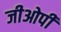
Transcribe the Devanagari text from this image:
जीओपी